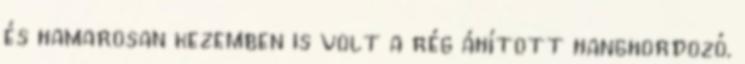
és hamarosan kezemben is volt a rég áhított hanghordozó.